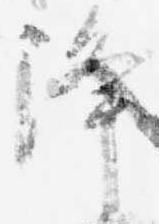
降